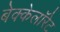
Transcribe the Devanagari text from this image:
बेक्केलॉरेट